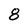
Character: 8